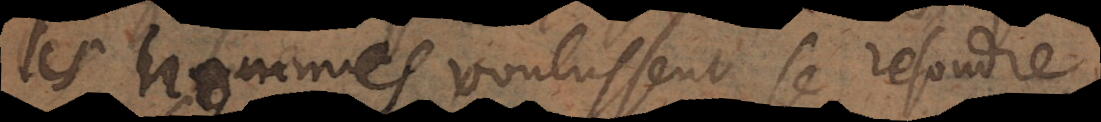
les hommes voulussent se resoudre